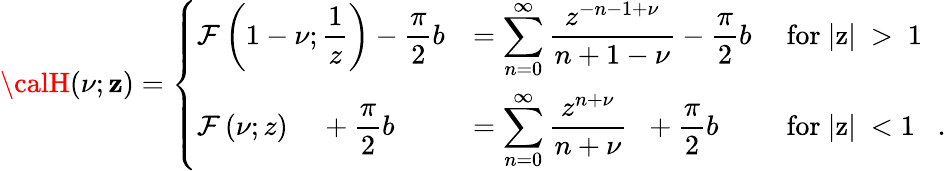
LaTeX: {\calH}(\nu;\mathbf{z})=\left\{ \begin{array}{lll}{{\displaystyle{\cal F}\left(1-\nu;\frac{1}{z}\right){}-\frac{\pi}{2}b}}&{{=\displaystyle{\sum_{n=0}^{\infty}\frac{z^{-n-1+\nu}}{n+1-\nu}}{}-\frac{\pi}{2}b}}&{{\mathrm{~for~|z|~>~1~}}}\\ {{\displaystyle{\cal F}\left(\nu;z\right)\; \; \; \; +\frac{\pi}{2}b}}&{{=\displaystyle{\sum_{n=0}^{\infty}\frac{z^{n+\nu}}{n+\nu}}\; \; +\frac{\pi}{2}b}}&{{\mathrm{~for~|z|~<1~}\; \; .}}\end{array}\right.